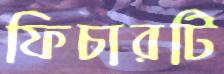
ফিচারটি